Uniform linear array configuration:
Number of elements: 8
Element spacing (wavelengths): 0.5
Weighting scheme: exponential
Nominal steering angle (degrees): -30
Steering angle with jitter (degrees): -30.563
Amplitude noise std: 0.05
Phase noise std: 0.05

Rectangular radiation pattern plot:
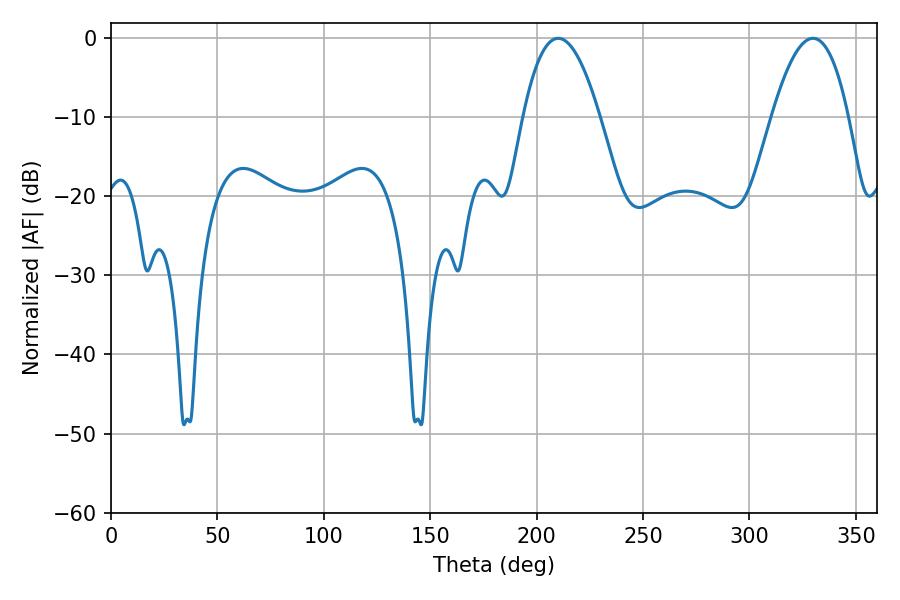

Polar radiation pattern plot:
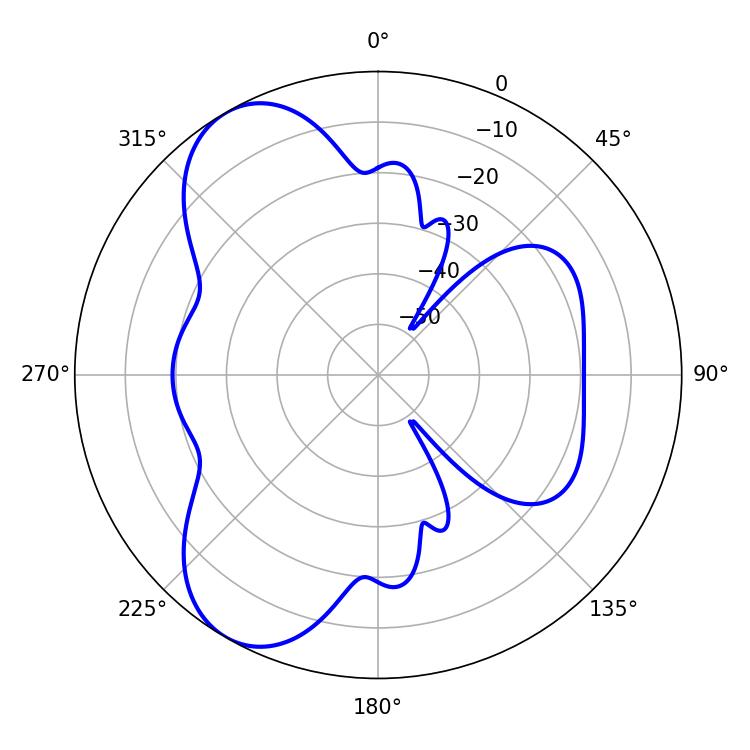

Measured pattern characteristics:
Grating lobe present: FALSE
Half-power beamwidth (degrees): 19.8
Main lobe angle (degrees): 210.06